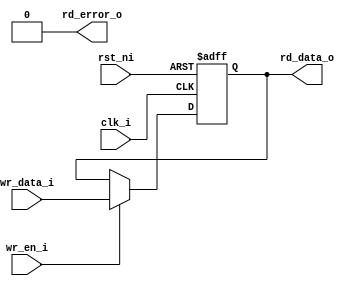
module ibex_csr (
	clk_i,
	rst_ni,
	wr_data_i,
	wr_en_i,
	rd_data_o,
	rd_error_o
);
	parameter [31:0] Width = 32;
	parameter [0:0] ShadowCopy = 1'b0;
	parameter [Width - 1:0] ResetValue = 1'sb0;
	input wire clk_i;
	input wire rst_ni;
	input wire [Width - 1:0] wr_data_i;
	input wire wr_en_i;
	output wire [Width - 1:0] rd_data_o;
	output wire rd_error_o;
	reg [Width - 1:0] rdata_q;
	always @(posedge clk_i or negedge rst_ni)
		if (!rst_ni)
			rdata_q <= ResetValue;
		else if (wr_en_i)
			rdata_q <= wr_data_i;
	assign rd_data_o = rdata_q;
	generate
		if (ShadowCopy) begin : gen_shadow
			reg [Width - 1:0] shadow_q;
			always @(posedge clk_i or negedge rst_ni)
				if (!rst_ni)
					shadow_q <= ~ResetValue;
				else if (wr_en_i)
					shadow_q <= ~wr_data_i;
			assign rd_error_o = rdata_q != ~shadow_q;
		end
		else begin : gen_no_shadow
			assign rd_error_o = 1'b0;
		end
	endgenerate
endmodule